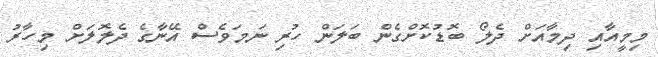
މިމީއާއި ދިމާއަށް ދެލޯ ބޮޑުކޮށްގެން ބަލަން ހުރި ނަމަވެސް އޭނާގެ ދެލޮލަށް މިހާރު